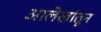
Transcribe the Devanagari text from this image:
आलेखांतून